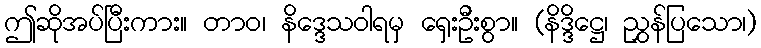
ဤဆိုအပ်ပြီးကား။ တာဝ၊ နိဒ္ဒေသဝါရမှ ရှေးဦးစွာ။ (နိဒ္ဒိဋ္ဌေ၊ ညွှန်ပြသော၊)